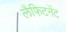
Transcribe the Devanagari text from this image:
लैफिटनेंट